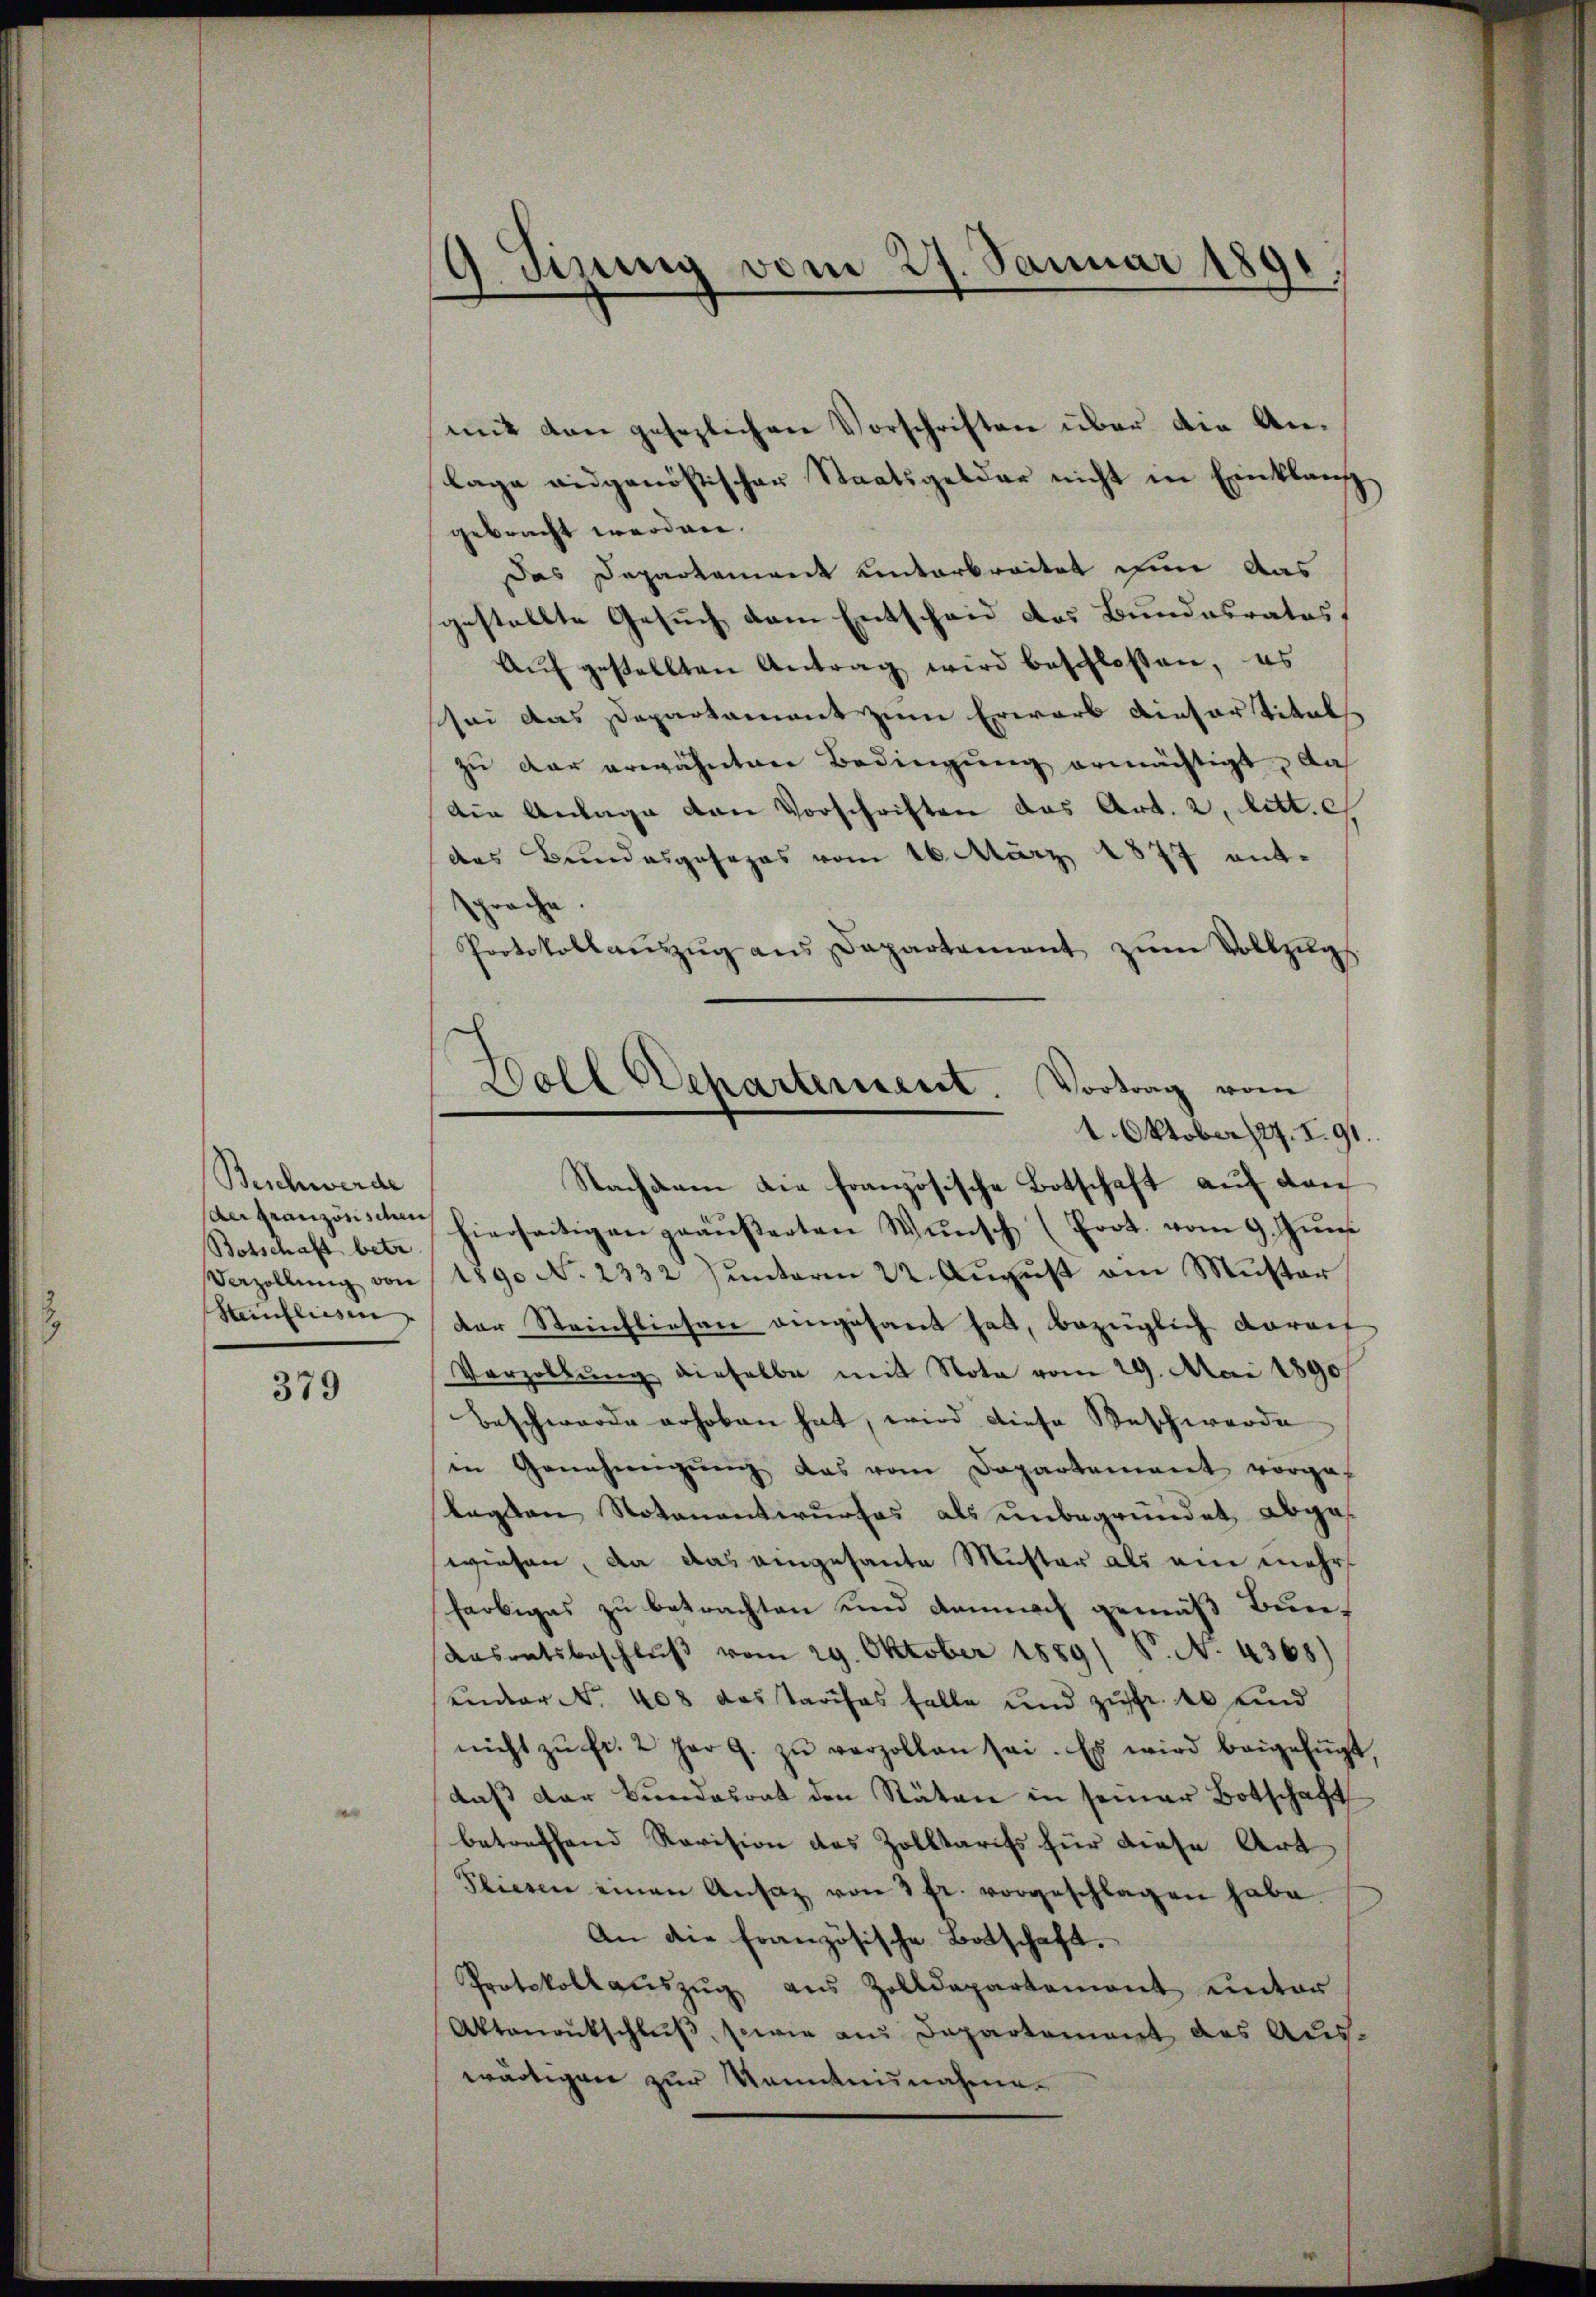
Beschwerde
Botschaft betr
Verzöllung von
Steinflussen,

379

9 Jizung vom 27. Januar 1891

mit den gesezlichen Vorschriften über die Anlage angenössischer Staatsgelder nicht in Einklang
gebracht werden.
Das Departement unterbreitet in das
gestellte Gesuch dem Entscheid das Bundesrates,
Aŭf gestellten Antrag wird beschlossen, es
schei das Departament zum Erwarb dieser titel
zŭ der erwähnten Bedingung ermächtigt, das
Die Anlage den Vorschriften das Art. 2, litt. e
des Bundesgesezes vom 16. März 1877 ent-
sproche
Protokollaŭszŭg ans Departement zŭm Vollzŭg.
Nachdem die französische Botschaft auf den
an französisten hierseitigen geäußerten Wunsch (Prot. vom 9. Juni
1890 No 2332 unterm 22. August am Muster
der Steinfliehen eingesant hat, bezüglich darauf
Vorzollŭng dieselbe mit Nota vom 29. Mai 1890
Beschwerde erhoben hat, wird diese Beschwerde
in Genehmigŭng das vom Departement vorgef
lagten Notenantwurfes als unbegründet, abgewiesen, da das eingesante Muster als eine mehr
farbiges zu betrachten und dannach gemäß Bun¬
Aasratsbeschlŭβ vom 29. Oktober 1889/ P. N. 4368)
under No. 408 das Tarifes falle und zufr. 40 und
nicht zŭ fr. 2 har 9. zŭ verzollen sei. Es wird beigefügt,
daß der Bundesrat den Räten in seiner Botschaft
betreffend Revision des Zolltariss für diese Art
Pliesen einen Ansaz von 3 fr. vorgeschlagen habe.
An die französische Botschaft.
Protokollaŭszŭg aŭs Zolldepartement unter
Aktenantschlŭβ, sowie aus Departement des Aus-
wärtigen zur Kenntnisnahme.

Soll Departement. Vortrag vom
1. Oktober 27. I. 91.